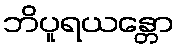
ဘိပူရယန္တော